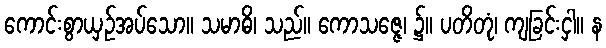
ကောင်းစွာယှဉ်အပ်သော။ သမာဓိ၊ သည်။ ကောသဇ္ဇေ၊ ၌။ ပတိတုံ၊ ကျခြင်းငှါ။ န